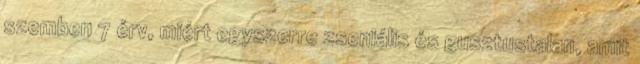
szemben 7 érv, miért egyszerre zseniális és gusztustalan, amit